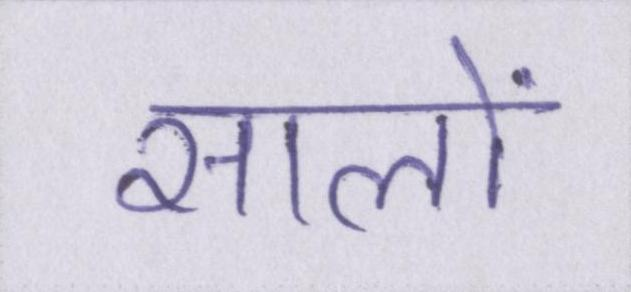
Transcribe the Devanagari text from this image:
सालों